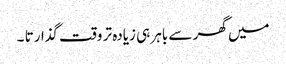
میں گھر سے باہر ہی زیادہ تر وقت گذارتا ۔